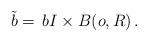
LaTeX: \begin{align*} \tilde b=\,b I\times B(o,R)\,. \end{align*}